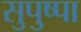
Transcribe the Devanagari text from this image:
सुपुष्पा